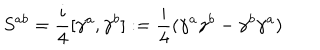
S ^ { a b } = \frac { i } { 4 } [ \gamma ^ { a } , \gamma ^ { b } ] : = \frac { i } { 4 } ( \gamma ^ { a } \gamma ^ { b } - \gamma ^ { b } \gamma ^ { a } )